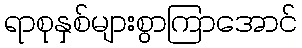
ရာစုနှစ်များစွာကြာအောင်